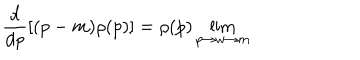
LaTeX: \frac { d } { d p } [ ( p - m ) \rho ( p ) ] = \rho ( p ) \lim _ { p \rightarrow w \rightarrow m }